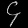
Digit: ၄